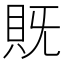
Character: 𮙵